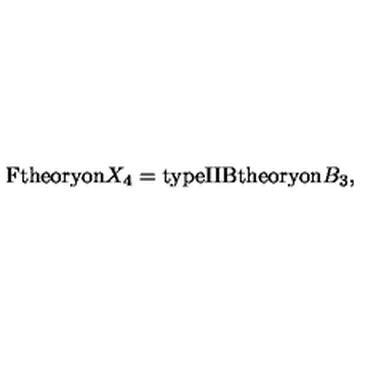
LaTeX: \mathrm { F t h e o r y o n } X _ { 4 } = \mathrm { t y p e I I B t h e o r y o n } B _ { 3 } ,